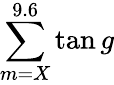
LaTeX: \sum\limits_{m=X}^{9.6}\tan g